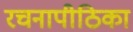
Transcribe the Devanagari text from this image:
रचनापीठिका